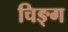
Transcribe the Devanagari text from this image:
चिङ्ग